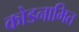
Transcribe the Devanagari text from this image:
कोडनामित